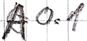
Text: A0.1